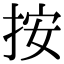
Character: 按